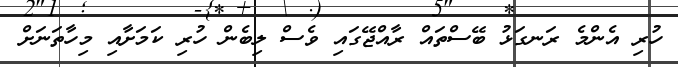
ހުރި އެންމެ ރަނގަޅު ބޭސްތައް ރާއްޖޭގައި ވެސް ލިބެން ހުރި ކަމަށާއި މިހާތަނަށް